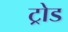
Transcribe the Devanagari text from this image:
ट्रोड